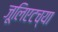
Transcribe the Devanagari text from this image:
जूलिएटच्या